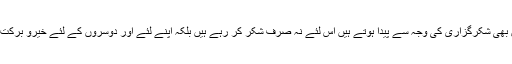
کیونکہ خیرو برکت کے سامان بھی شکرگزاری کی وجہ سے پیدا ہوتے ہیں اس لئے نہ صرف شکر کر رہے ہیں بلکہ اپنے لئے اور دوسروں کے لئے خیرو برکت بھی حاصل کر رہے ہوں گے۔